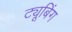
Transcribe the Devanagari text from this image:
ट्यूबिंग